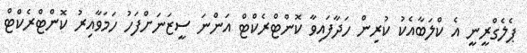
ޕެލެގްރީނީ އެ ކްލަބާއެކު ކުރިން ހަދާފައިވާ ކޮންޓްރެކްޓް އަންނަ ސީޒަނަށްފަހު ހަމަވާއިރު ކޮންޓްރެކްޓް